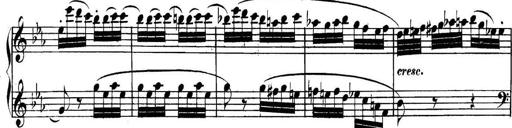
Title: Collected Piano Sonatas
Composer: Muzio Clementi